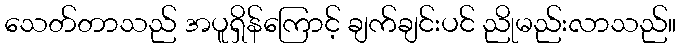
သေတ်တာသည် အပူရှိန်ကြောင့် ချက်ချင်းပင် ညိုမည်းလာသည်။